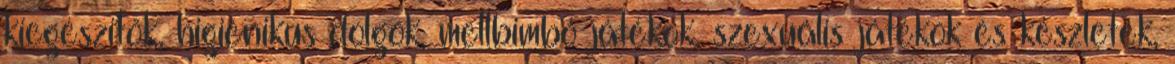
kiegészítők, higiénikus dolgok, mellbimbó játékok, szexuális játékok és készletek,